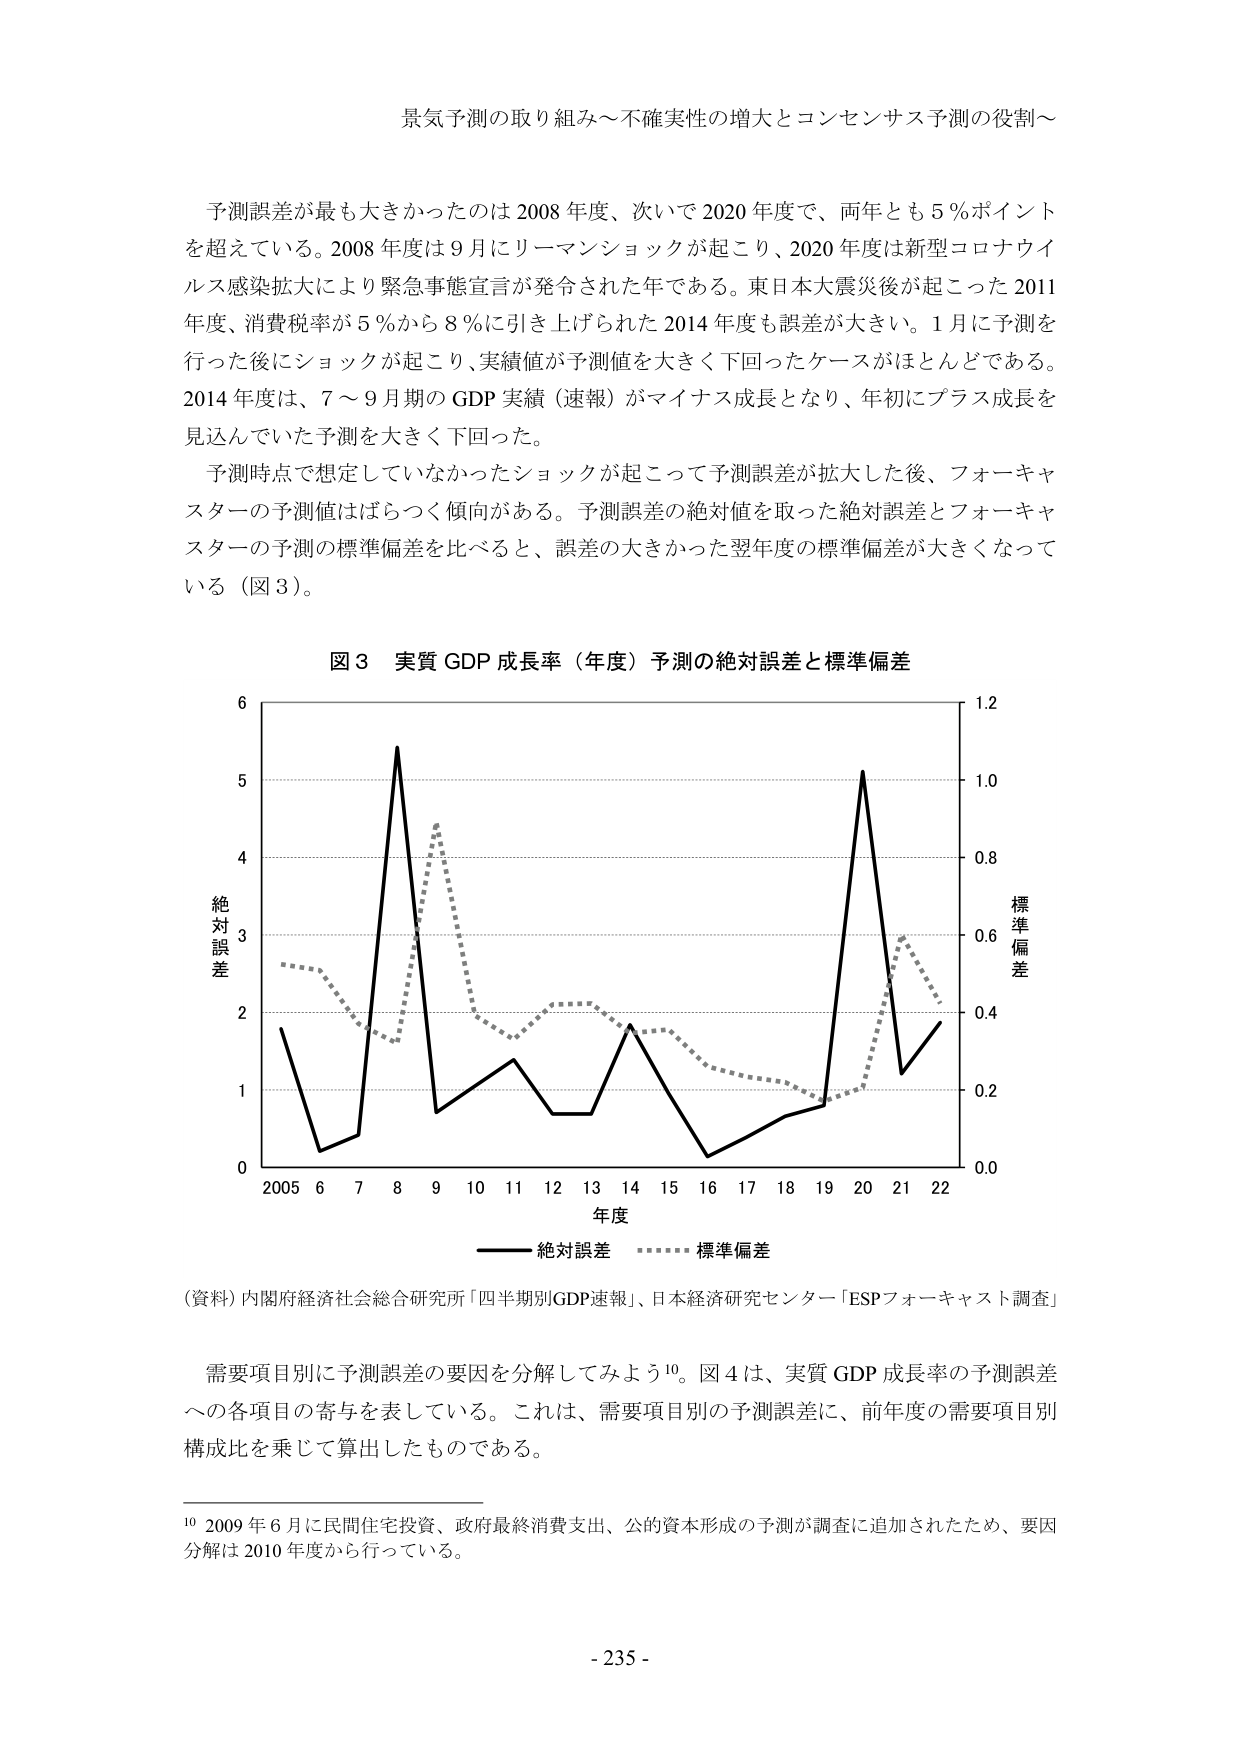
景気予測の取り組み～不確実性の増大とコンセンサス予測の役割～

予測誤差が最も大きかったのは 2008 年度、次いで 2020 年度で、両年とも 5％ポイントを超えている。2008 年度は 9 月にリーマンショックが起こり、2020 年度は新型コロナウイルス感染拡大により緊急事態宣言が発令された年である。東日本大震災後が起こった 2011 年度、消費税率が 5％から 8％に引き上げられた 2014 年度も誤差が大きい。1 月に予測を行った後にショックが起こり、実績値が予測値を大きく下回ったケースがほとんどである。2014 年度は、7～9 月期の GDP 実績（速報）がマイナス成長となり、年初にプラス成長を見込んでいた予測を大きく下回った。

予測時点で想定していなかったショックが起こって予測誤差が拡大した後、フォーキャスターの予測値はばらつく傾向がある。予測誤差の絶対値を取った絶対誤差とフォーキャスターの予測の標準偏差を比べると、誤差の大きかった翌年度の標準偏差が大きくなっている（図 3）。

図 3 実質 GDP 成長率（年度）予測の絶対誤差と標準偏差

絶対誤差
標準偏差
年度
2005 6 7 8 9 10 11 12 13 14 15 16 17 18 19 20 21 22
0 1 2 3 4 5 6
0.0 0.2 0.4 0.6 0.8 1.0 1.2
絶対誤差
標準偏差

（資料）内閣府経済社会総合研究所「四半期別GDP速報」、日本経済研究センター「ESPフォーキャスト調査」

需要項目別に予測誤差の要因を分解してみよう10。図 4 は、実質 GDP 成長率の予測誤差への各項目の寄与を表している。これは、需要項目別の予測誤差に、前年度の需要項目別構成比を乗じて算出したものである。

10 2009 年 6 月に民間住宅投資、政府最終消費支出、公的資本形成の予測が調査に追加されたため、要因分解は 2010 年度から行っている。

- 235 -